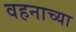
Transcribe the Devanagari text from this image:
वहनाच्या